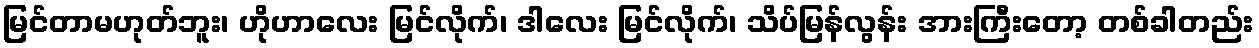
မြင်တာမဟုတ်ဘူး၊ ဟိုဟာလေး မြင်လိုက်၊ ဒါလေး မြင်လိုက်၊ သိပ်မြန်လွန်း အားကြီးတော့ တစ်ခါတည်း